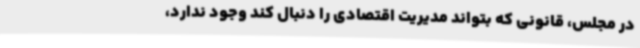
در مجلس، قانونی که بتواند مدیریت اقتصادی را دنبال کند وجود ندارد،